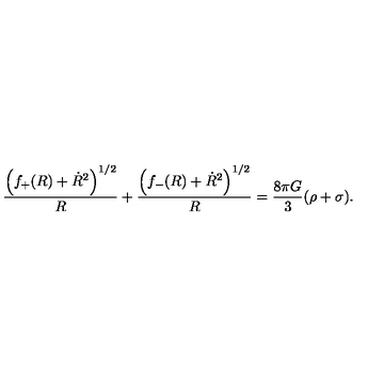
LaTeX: \frac { \left( f _ { + } ( R ) + \dot { R } ^ { 2 } \right) ^ { 1 / 2 } } { R } + \frac { \left( f _ { - } ( R ) + \dot { R } ^ { 2 } \right) ^ { 1 / 2 } } { R } = \frac { 8 \pi G } { 3 } ( \rho + \sigma ) .